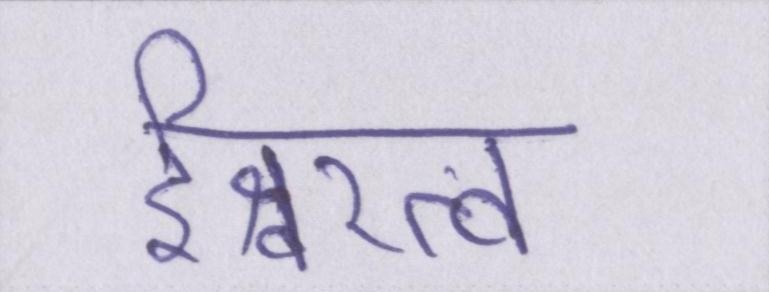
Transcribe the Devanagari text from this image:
ईश्वरत्व